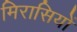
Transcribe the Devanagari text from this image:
मिरासियों